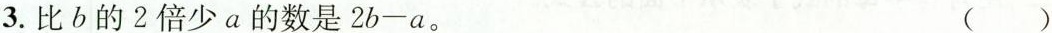
3.比b的2倍少a的数是2b-a。